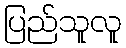
ပြည်သူလူ